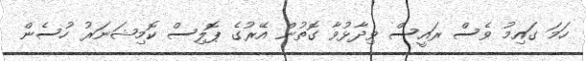
ހަމަ ގައިމު ވެސް ރައީސް ވިދާޅުވާ ގޮތުން އޭރުގެ ޕޮލިސް ކޮމިޝަނަރު ހުސެން